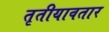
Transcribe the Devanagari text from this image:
तृतीयावतार